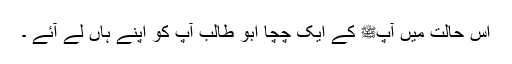
اس حالت میں آپﷺ کے ایک چچا ابو طالب آپ کو اپنے ہاں لے آئے ۔